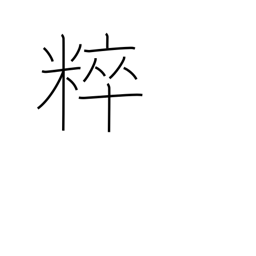
Meaning: unadulterated